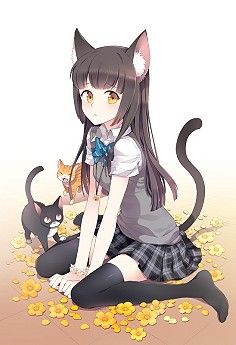
拆桐花烂漫，乍疏雨洗清明。